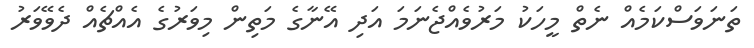
ތަނަވަސްކަމެއް ނެތް މީހަކު މަރުވެއްޖެނަމަ އަދި އޭނާގެ މަތިން މިވަރުގެ އެއްޗެއް ދެވޭވަރު